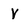
Character: v